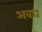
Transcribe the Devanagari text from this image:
अवघ